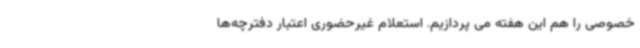
خصوصی را هم این هفته می پردازیم. استعلام غیرحضوری اعتبار دفترچه‌ها